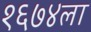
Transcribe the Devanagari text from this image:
१६७४ला